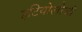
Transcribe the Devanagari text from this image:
इटियोलोजी